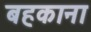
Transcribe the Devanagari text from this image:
बहकाना